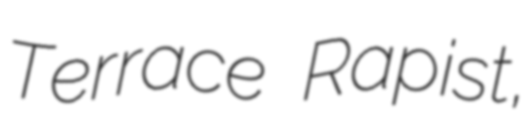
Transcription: Terrace Rapist,